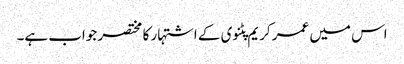
اس میں عمر کریم پٹنوی کے اشتہار کا مختصر جواب ہے۔